Vaccination in Burma 1920-1933 - 1920-1933
Year: 1920
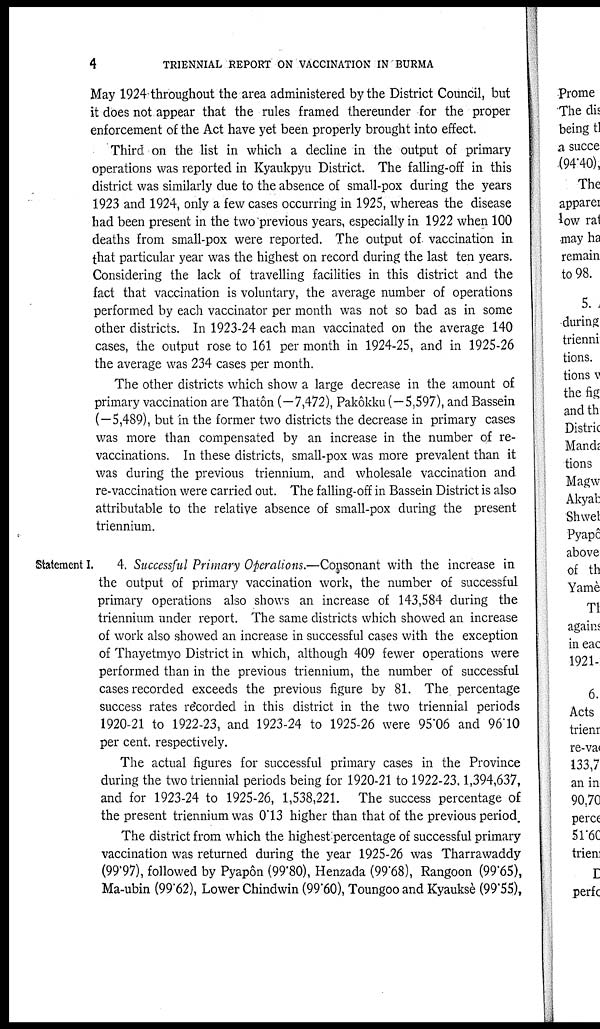
4
TRIENNIAL REPORT ON VACCINATION IN BURMA
May 1924 throughout the area administered by the District Council, but
it does not appear that the rules framed thereunder for the proper
enforcement of the Act have yet been properly brought into effect.
Third on the list in which a decline in the output of primary
operations was reported in Kyaukpyu District. The falling-off in this
district was similarly due to the absence of small-pox during the years
1923 and 1924, only a few cases occurring in 1925, whereas the disease
had been present in the two previous years, especially in 1922 when 100
deaths from small-pox were reported. The output of vaccination in
that particular year was the highest on record during the last ten years.
Considering the lack of travelling facilities in this district and the
fact that vaccination is voluntary, the average number of operations
performed by each vaccinator per month was not so bad as in some
other districts. In 1923-24 each man vaccinated on the average 140
cases, the output rose to 161 per month in 1924-25, and in 1925-26
the average was 234 cases per month.
The other districts which show a large decrease in the amount of
primary vaccination are Thatôn (—7,472), Pakôkku (—5,597), and Bassein
(—5,489), but in the former two districts the decrease in primary cases
was more than compensated by an increase in the number of re-
vaccinations. In these districts, small-pox was more prevalent than it
was during the previous triennium, and wholesale vaccination and
re-vaccination were carried out. The falling-off in Bassein District is also
attributable to the relative absence of small-pox during the present
triennium.
Statement I. 4. Successful Primary Operations.—Consonant with the increase in
the output of primary vaccination work, the number of successful
primary operations also shows an increase of 143,584 during the
triennium under report. The same districts which showed an increase
of work also showed an increase in successful cases with the exception
of Thayetmyo District in which, although 409 fewer operations were
performed than in the previous triennium, the number of successful
cases recorded exceeds the previous figure by 81. The percentage
success rates recorded in this district in the two triennial periods
1920-21 to 1922-23, and 1923-24 to 1925-26 were 95.06 and 96.10
per cent. respectively.
The actual figures for successful primary cases in the Province
during the two triennial periods being for 1920-21 to 1922-23 1,394,637,
and for 1923-24 to 1925-26, 1,538,221. The success percentage of
the present triennium was 0.13 higher than that of the previous period.
The district from which the highest percentage of successful primary
vaccination was returned during the year 1925-26 was Tharrawaddy
(99.97), followed by Pyapôn (99.80), Henzada (99.68), Rangoon (99.65),
Ma-ubin (99.62), Lower Chindwin (99.60), Toungoo and Kyauksè (99.55),